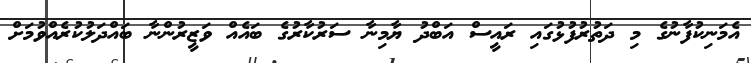
އެމަނިކުފާނުގެ މި ދަތުރުފުޅުގައި ރައީސް އަބްދު ޔާމިނާ ސަރުކާރުގެ ބައެއް ވަޒީރުންނާ ބައްދަލުކުރެއްވުމަށް